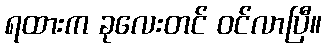
ရထားက ခုလေးတင် ဝင်လာပြီ။